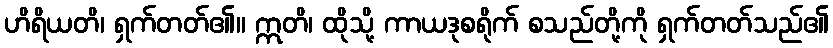
ဟိရိယတိ၊ ရှက်တတ်၏။ ဣတိ၊ ထိုသို့ ကာယဒုစရိုက် စသည်တို့ကို ရှက်တတ်သည်၏